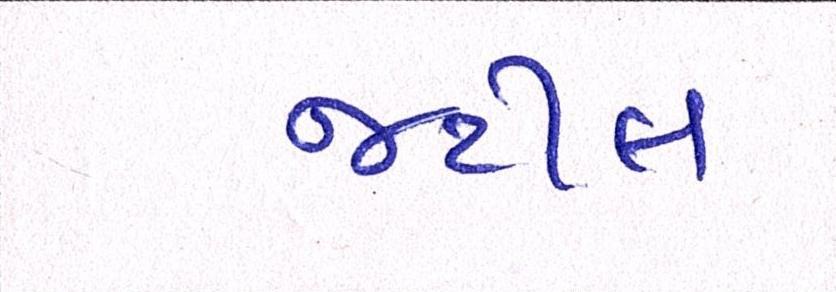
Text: જટીલ